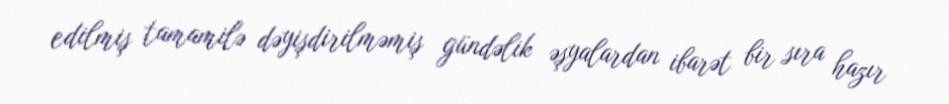
edilmiş tamamilə dəyişdirilməmiş gündəlik əşyalardan ibarət bir sıra hazır